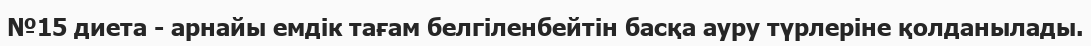
№15 диета - арнайы емдік тағам белгіленбейтін басқа ауру түрлеріне қолданылады.